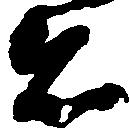
着